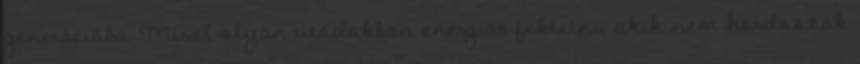
generációba. Mivel olyan utódokban energiát fektetni, akik nem hordozzák